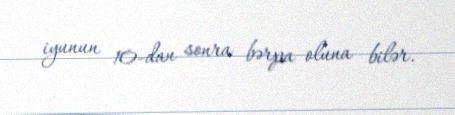
iyunun 10-dan sonra bərpa oluna bilər.